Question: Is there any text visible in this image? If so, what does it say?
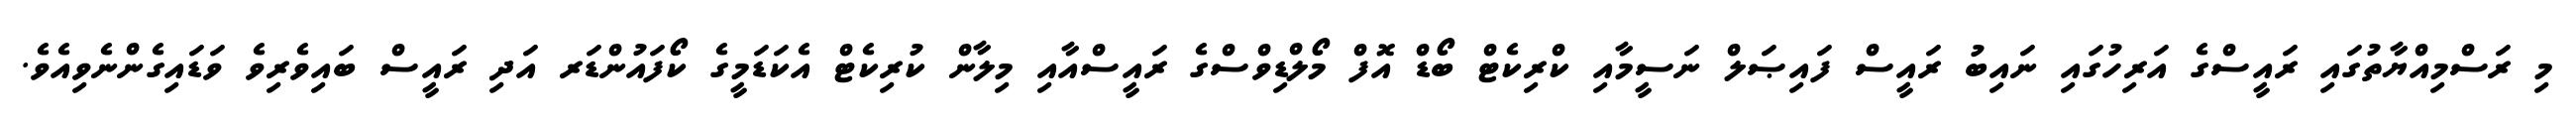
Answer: މި ރަސްމިއްޔާތުގައި ރައީސްގެ އަރިހުގައި ނައިބު ރައީސް ފައިޞަލް ނަސީމާއި ކްރިކެޓް ބޯޑް އޮފް މޯލްޑިވްސްގެ ރައީސްއާއި މިލާން ކުރިކެޓް އެކަޑަމީގެ ކޯފައުންޑަރ އަދި ރައީސް ބައިވެރިވެ ވަޑައިގެންނެވިއެވެ.